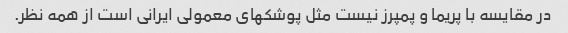
در مقایسه با پریما و پمپرز نیست مثل پوشکهای معمولی ایرانی است از همه نظر.